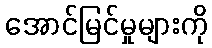
အောင်မြင်မှုများကို